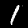
Label: 1